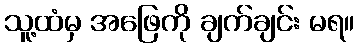
သူ့ထံမှ အဖြေကို ချက်ချင်း မရ။